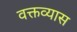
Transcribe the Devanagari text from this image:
वक्तव्यास